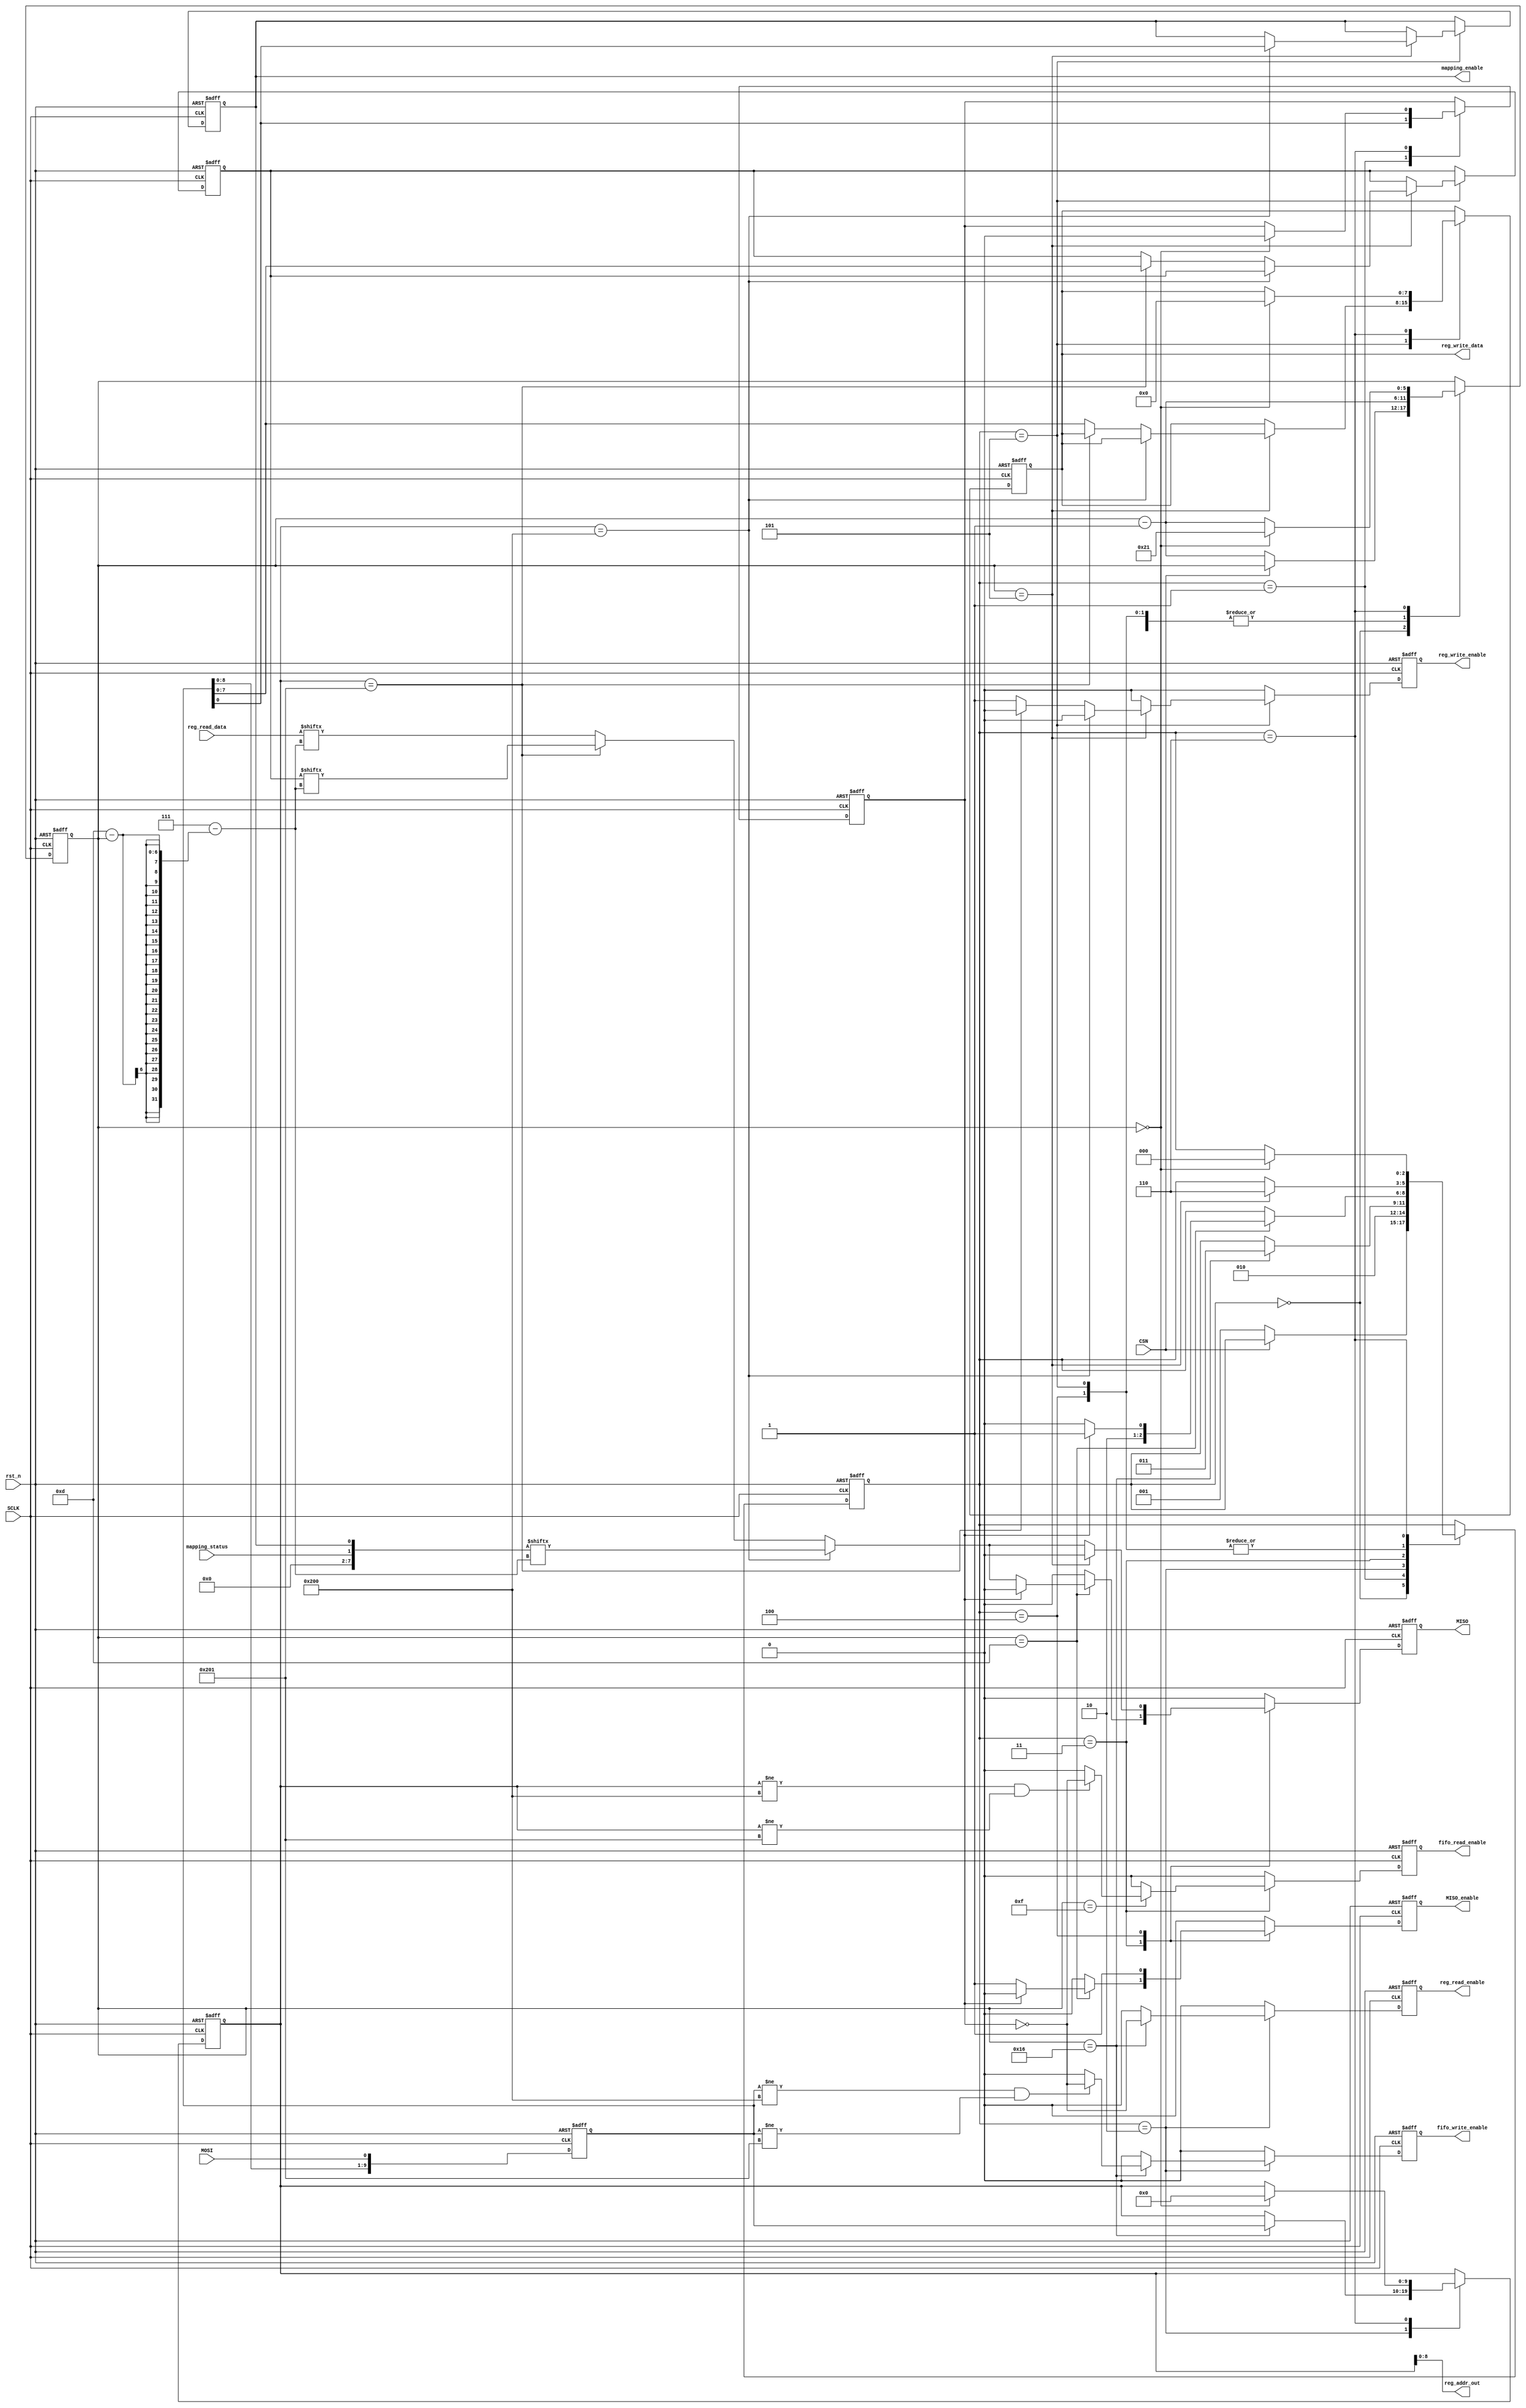
`timescale 1ns / 1ps

module spi_interface #(
    parameter addr_length   = 10,
    parameter dead_1_length = 9,
    parameter data_length   = 8,
    parameter dead_2_length = 6
) (
    input wire                   SCLK,
    input wire                   MOSI,
    input wire                   CSN,
    input wire                   rst_n,
    input wire [data_length-1:0] reg_read_data,
    input wire                   mapping_status,

    output reg                   MISO,
    output reg                   MISO_enable,
    output reg [addr_length-2:0] reg_addr_out,
    output reg [data_length-1:0] reg_write_data,
    output reg                   reg_write_enable,
    output reg                   reg_read_enable,
    output reg                   mapping_enable,
    output reg                   fifo_write_enable,
    output reg                   fifo_read_enable
);

    // internal registers
    reg [addr_length-1:0] spi_shift_reg_current;
    reg [            2:0] state_current;
    reg [            5:0] bit_count_current;
    reg                   reg_rw_current;  // read/write bit, 0=read, 1=write
    reg [data_length-1:0] spi_test_current;
    reg [data_length-1:0] reg_512;
    reg [addr_length-1:0] reg_addr;

    // internal combinational variables
    reg [addr_length-1:0] spi_shift_reg_next;
    reg [            2:0] state_next;
    reg [            5:0] bit_count_next;
    reg                   reg_rw_next;
    reg [addr_length-1:0] reg_addr_next;
    reg [data_length-1:0] reg_write_data_next;
    reg                   reg_write_enable_next;
    reg                   reg_read_enable_next;
    reg                   MISO_next;
    reg                   MISO_enable_next;
    reg                   mapping_enable_next;
    reg [            7:0] spi_test_next;
    reg                   fifo_write_enable_next;
    reg                   fifo_read_enable_next;

    // decalare stat names
    parameter [2:0] S0_IDLE = 3'd0;
    parameter [2:0] S1_RW = 3'd1;
    parameter [2:0] S2_REG_ADDR = 3'd2;
    parameter [2:0] S3_WAIT = 3'd3;
    parameter [2:0] S4_REG_DATA_R = 3'd4;
    parameter [2:0] S5_REG_DATA_W = 3'd5;
    parameter [2:0] S6_WAIT = 3'd6;

    // clock in registers, asynch active-low reset
    always @(posedge SCLK or negedge rst_n) begin
        if (rst_n == 1'b0) begin
            state_current         <= S0_IDLE;
            spi_shift_reg_current <= 0;
            bit_count_current     <= 6'd33;
            reg_rw_current        <= 0;
            reg_addr              <= 0;
            reg_write_data        <= 0;
            reg_write_enable      <= 0;
            reg_read_enable       <= 0;
            mapping_enable        <= 0;
            spi_test_current      <= 0;
            fifo_write_enable     <= 0;
            fifo_read_enable      <= 0;
        end
        else begin
            state_current         <= state_next;
            spi_shift_reg_current <= spi_shift_reg_next;
            bit_count_current     <= bit_count_next;
            reg_rw_current        <= reg_rw_next;
            reg_addr              <= reg_addr_next;
            reg_write_data        <= reg_write_data_next;
            reg_write_enable      <= reg_write_enable_next;
            reg_read_enable       <= reg_read_enable_next;
            mapping_enable        <= mapping_enable_next;
            spi_test_current      <= spi_test_next;
            fifo_write_enable     <= fifo_write_enable_next;
            fifo_read_enable      <= fifo_read_enable_next;
        end
    end  // always @ (posedge clk or negedge rst_n)

    // clock out MISO and MISO_enable on clock falling edge
    always @(negedge SCLK or negedge rst_n) begin
        if (rst_n == 1'b0) begin
            MISO        <= 1'b0;
            MISO_enable <= 1'b0;
        end
        else begin
            MISO        <= MISO_next;
            MISO_enable <= MISO_enable_next;
        end
    end  // always @ (negedge clk or negedge rst_n)

    // register 512, Baseband data mapping control
    always @(*) begin
        reg_512 = {{6{1'b0}}, mapping_status, mapping_enable};
    end

    // register address output
    always @(*) begin
        reg_addr_out = reg_addr[8:0];
    end

    // combinational logic for MOSI shift register
    always @(*) begin
        // shift in data on MOSI
        spi_shift_reg_next = {spi_shift_reg_current[addr_length-2:0], MOSI};
    end

    // combinational logic for state machine
    always @(*) begin
        // assign defautl value for all combinational signals
        state_next             = state_current;
        bit_count_next         = bit_count_current;
        reg_rw_next            = reg_rw_current;
        reg_addr_next          = reg_addr;
        MISO_next              = 1'b0;
        MISO_enable_next       = 1'b0;
        reg_write_data_next    = reg_write_data;
        reg_write_enable_next  = 1'b0;
        reg_read_enable_next   = 1'b0;
        fifo_write_enable_next = 0;
        fifo_read_enable_next = 0;
        mapping_enable_next = mapping_enable;
        spi_test_next = spi_test_current;

        case (state_current)
            S0_IDLE: begin
                if (CSN == 1'b0) begin
                    state_next     = S1_RW;
                    bit_count_next = bit_count_current - 1'b1;
                end
            end
            S1_RW: begin
                state_next     = S2_REG_ADDR;
                reg_rw_next    = spi_shift_reg_current[0];
                bit_count_next = bit_count_current - 1'b1;
            end
            S2_REG_ADDR: begin
                bit_count_next = bit_count_current - 1'b1;
                if (bit_count_current == 6'd22) begin
                    state_next             = S3_WAIT;
                    reg_addr_next          = spi_shift_reg_current[addr_length-1:0];
                    if ((reg_addr_next != 10'd512)&(reg_addr_next != 10'd513)) begin
                        fifo_write_enable_next = ~reg_rw_current;
                    end
                    reg_read_enable_next   = ~reg_rw_current;
                end
            end
            S3_WAIT: begin
                bit_count_next = bit_count_current - 1'b1;
                if (bit_count_current == 6'd15) begin
                    if ((reg_addr_next != 10'd512)&(reg_addr_next != 10'd513)) begin
                        fifo_read_enable_next = ~reg_rw_current;
                    end
                end
                if (bit_count_current == 6'd13) begin
                    if (reg_rw_current) begin
                        state_next = S5_REG_DATA_W;
                    end
                    else begin
                        state_next       = S4_REG_DATA_R;
                        MISO_enable_next = 1'b1;
                        if (reg_addr == 10'd512) begin
                            MISO_next = reg_512[data_length-1-(6'd13-bit_count_current)];
                        end
                        else if (reg_addr == 10'd513) begin
                            MISO_next = spi_test_current[data_length-1-(6'd13-bit_count_current)];
                        end
                        else begin
                            MISO_next = reg_read_data[data_length-1-(6'd13-bit_count_current)];
                        end
                    end
                end
            end
            S4_REG_DATA_R: begin
                bit_count_next   = bit_count_current - 1'b1;
                MISO_enable_next = 1'b1;
                if (reg_addr == 10'd512) begin
                    MISO_next = reg_512[data_length-1-(6'd13-bit_count_current)];
                end
                else if (reg_addr == 10'd513) begin
                    MISO_next = spi_test_current[data_length-1-(6'd13-bit_count_current)];
                end
                else begin
                    MISO_next = reg_read_data[data_length-1-(6'd13-bit_count_current)];
                end
                if (bit_count_current == 6'd5) begin
                    state_next = S6_WAIT;
                    MISO_next  = 1'b0;
                end
            end
            S5_REG_DATA_W: begin
                bit_count_next = bit_count_current - 1'b1;
                if (bit_count_current == 6'd5) begin
                    state_next = S6_WAIT;
                    if (reg_addr == 10'd512) begin
                        mapping_enable_next = spi_shift_reg_current[0];
                    end
                    else if (reg_addr == 10'd513) begin
                        spi_test_next = spi_shift_reg_current;
                    end
                    else begin
                        reg_write_data_next   = spi_shift_reg_current;
                        reg_write_enable_next = 1'b1;
                    end
                end
            end
            S6_WAIT: begin
                bit_count_next = bit_count_current - 1'b1;
                if (bit_count_current == 6'd0) begin
                    state_next          = S0_IDLE;
                    bit_count_next      = 6'd33;
                    reg_rw_next         = 0;
                    reg_addr_next       = 0;
                    reg_write_data_next = 0;
                end
            end
        endcase  // case (state_current)
    end  // always @ (*)

endmodule  // spi_interface